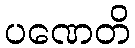
ပဏေတိ